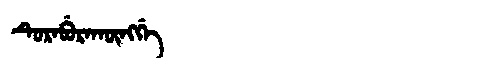
Manchu: ᡨᡠᡵᠠᠪᡠᡵᠠᡴᡡᠩᡤᡝ
Romanization: TURABURAKŪNGGE